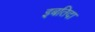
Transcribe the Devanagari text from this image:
इबतिदा